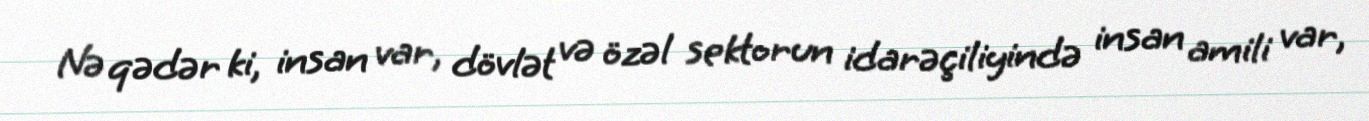
Nə qədər ki, insan var, dövlət və özəl sektorun idarəçiliyində insan amili var,